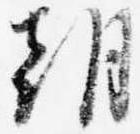
朝